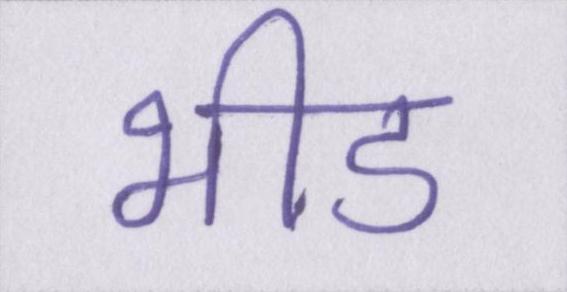
भीड